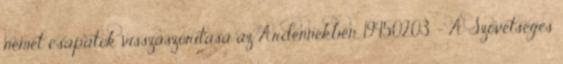
német csapatok visszaszorítása az Ardennekben. 1945.02.03. - A Szövetséges